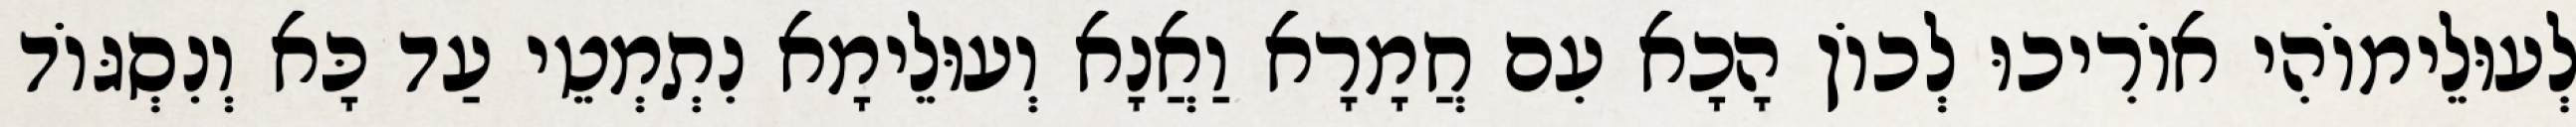
לְעוּלֵימוֹהִי אוֹרִיכוּ לְכוֹן הָכָא עִם חֲמָרָא וַאֲנָא וְעוּלֵימָא נִתְמְטֵי עַד כָּא וְנִסְגּוֹד